Report on horse surra - Volume I
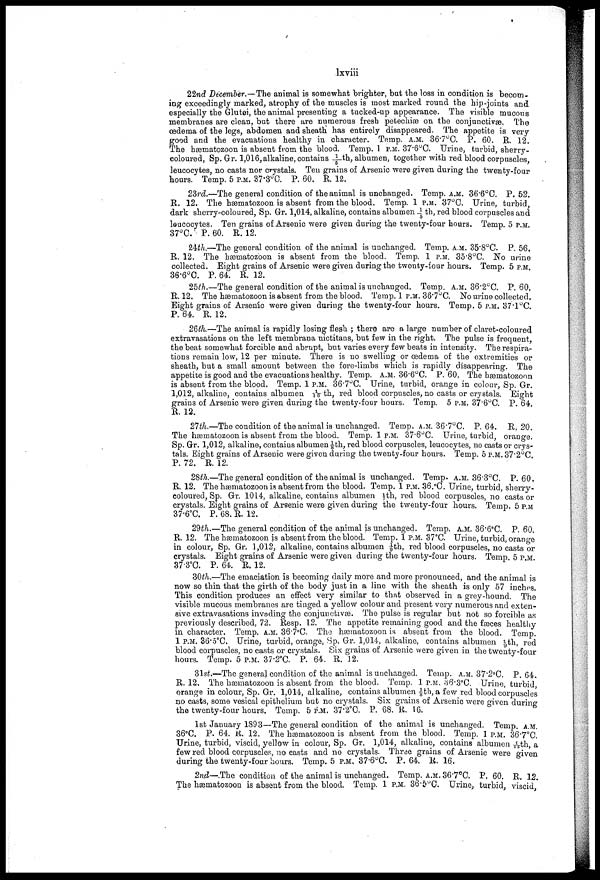
lxviii
22nd December.—The animal is somewhat brighter, but the loss in condition is becom
ing exceedingly marked, atrophy of the muscles is most marked round the hip-joints and
especially the Glutei, the animal presenting a tucked-up appearance. The visible mucous
membranes are clean, but there are numerous fresh petechiæ on the conjunctivæ. The
œdema of the legs, abdomen and sheath has entirely disappeared. The appetite is very
good and the evacuations healthy in character. Temp. A.M. 36.7°C. P. 60. R. 12.
The hæmatozoon is absent from the blood. Temp. 1 P.M. 37.6°C. Urine, turbid, sherry-
coloured, Sp. Gr. 1,016,alkaline, contains 1/5th, albumen, together with red blood corpuscles,
leucocytes, no casts nor crystals. Ten grains of Arsenic were given during the twenty-four
hours. Temp. 5 P.M. 37.3°C. P. 60, R. 12.
23rd.—The general condition of the animal is unchanged. Temp. A.M. 36.6°C. P. 52.
R. 12. The hæmatozoon is absent from the blood. Temp. 1 P.M. 37°C. Urine, turbid
dark sherry-coloured, Sp. Gr. 1,014, alkaline, contains albumen 1/5th, red blood corpuscles and
leucocytes. Ten grains of Arsenic were given during the twenty-four hours. Temp. 5 P.M.
37°C P. 60. R. 12.
24th.—The general condition of the animal is unchanged. Temp. A.M. 35.8°C. P. 56,
R. 12. The hæmatozoon is absent from the blood. Temp. 1 P.M. 35.8°C. No urine
collected. Eight grains of Arsenic were given during the twenty-four hours. Temp. 5 P.M.
36.6°C. P. 64. R. 12.
25th.—The general condition of the animal is unchanged. Temp. A.M. 36.2°C. P. 60.
R. 12. The hæmatozoon is absent from the blood. Temp. 1 P.M. 36.7°C. No urine collected.
Eight grains of Arsenic were given during the twenty-four hours. Temp. 5 P.M. 37.1°C.
P. 64. R. 12.
26th.—The animal is rapidly losing flesh ; there are a large number of claret-coloured
extravasations on the left membrana nictitans, but few in the right. The pulse is frequent,
the beat somewhat forcible and abrupt, but varies every few beats in intensity. The respira
tions remain low, 12 per minute. There is no swelling or œdema of the extremities or
sheath, but a small amount between the fore-limbs which is rapidly disappearing. The
appetite is good and the evacuations healthy. Temp. A.M. 36.6°C. P. 60. The hæmatozoon
is absent from the blood. Temp. 1 P.M. 36.7°C. Urine, turbid, orange in colour, Sp. Gr.
1,012, alkaline, contains albumen 1/16 th, red blood corpuscles, no casts or crystals. Eight
grains of Arsenic were given during the twenty-four hours. Temp. 5 P.M. 37.6°C. P. 64
R. 12.
27th.—The condition of the animal is unchanged. Temp. A.M. 36.7°C. P. 64. R. 20.
The hæmatozoon is absent frorn the blood. Temp. 1P.M. 37.6°C. Urine, turbid, orange.
Sp. Gr. 1,012, alkaline, contains albumen ⅛th, red blood corpuscles, leucocytes, no casts or crys
tals. Eight grains of Arsenic were given during the twenty-four hours. Temp. 5 P.M. 37.2°C.
P. 72. R. 12.
28th.—The general condition of the animal is unchanged. Temp. A.M. 36.3°C. P. 60.
R. 12. The hæmatozoon is absent from the blood. Temp. 1 P.M. 36.°C. Urine, turbid, sherry-
coloured, Sp. Gr. 1014, alkaline, contains albumen 1/7th, red blood corpuscles, no casts or
crystals. Eight grains of Arsenic were given during the twenty-four hours. Temp. 5 P.M.
37.6°C. P. 68. R. 12.
29th.—The general condition of the animal is unchanged. Temp. A.M. 36.6°C. P. 60.
R. 12. The hæmatozoon is absent from the blood. Temp. 1 P.M. 37°C. Urine, turbid, orange
in colour, Sp. Gr. 1,012, alkaline, contains albumen 1/9th, red blood corpuscles, no casts or
crystals. Eight grains of Arsenic were given during the twenty-four hours. Temp 5 P.M.
37.3°C. P. 64. R. 12.
30th.—The emaciation is becoming daily more and more pronounced, and the animal is
now so thin that the girth of the body just in a line with the sheath is only 57 inches.
This condition produces an effect very similar to that observed in a grey-hound. The
visible mucous membranes are tinged a yellow colour and present very numerous and exten
sive extravasations invading the conjunctivas. The pulse is regular but not so forcible as
previously described, 72. Resp. 12. The appetite remaining good and the fæces healthy
in character. Temp. A.M. 36.7°C. The hæmatozoon is absent from the blood. Temp.
1 P.M. 36.5°C. Urine, turbid, orange, Sp. Gr. 1,014, alkaline, contains albumen 1/9 th, red
blood corpuscles, no casts or crystals. Six grains of Arsenic were given in the twenty-four
hours. Temp. 5 P.M. 37.2°C. P. 64. R. 12.
31st.—The general condition of the animal is unchanged. Temp. A.M. 37.2°C. P. 64.
R. 12. The hæmatozoon is absent from the blood. Temp. 1 P.M. 36.3°C. Urine, turbid
orange in colour, Sp. Gr. 1,014, alkaline, contains albumen 1/8th, a few red blood corpuscles
no casts, some vesical epithelium but no crystals. Six grains of Arsenic were given during
the twenty-four hours. Temp. 5 P.M. 37.2°C. P. 68. R. 16.
1st January 1893—The general condition of the animal is unchanged. Temp. A.M.
36°C. P. 64. R. 12. The hæmatozoon is absent from the blood. Temp. 1 P.M. 36.7°C.
Urine, turbid, viscid, yellow in colour, Sp. Gr. 1,014, alkaline, contains albumen 1/13th, a
few red blood corpuscles, no casts and no crystals. Three grains of Arsenic were given
during the twenty-four hours. Temp. 5 P.M. 37.6°C. P. 64. R. 16.
2nd.— The condition of the animal is unchanged. Temp. A.M. 367°C. P. 60. R. 12.
The hæmatozoon is absent from the blood. Temp. 1 P.M. 36.5°C. Urine, turbid, viscid.